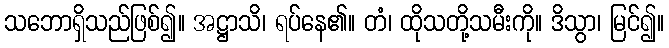
သဘောရှိသည်ဖြစ်၍။ အဋ္ဌာသိ၊ ရပ်နေ၏။ တံ၊ ထိုသတို့သမီးကို။ ဒိသွာ၊ မြင်၍။